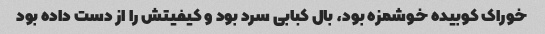
خوراک کوبیده خوشمزه بود، بال کبابی سرد بود و کیفیتش را از دست داده بود